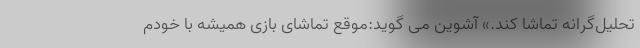
تحلیل‌گرانه تماشا کند.» آشوین می گوید:موقع تماشای بازی همیشه با خودم